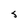
Character: J